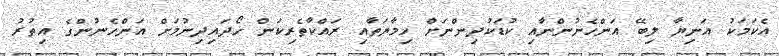
އެކަމަކު އަނިޔާ ލިބޭ އަންހެނުންނާއި ކުޑަކުދިންނަށް ހިމާޔަތާއި ރައްކާތެރިކަން ހޯދައިދިނުމަށް އަންހެނުންގެ އިތުރު